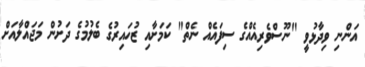
އަންނި ވިދާޅުވީ "ނޫސްވެރިއެއްގެ ސިފައެއް ނެތް" ކަމަށާއި ޒުހައިރުގެ ބެލުމުގެ ދަށުން މަޖައްލާއަށް